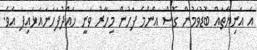
އެ އަނިޔާތައް ބޮޑުވަމުން ގޮސް އެންމެ ފަހުން މިހާރު ވަނީ ހައްދުފަހަނައަޅައިފަ އެވެ.